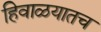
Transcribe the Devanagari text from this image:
हिवाळयातच